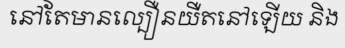
នៅតែមានល្បឿនយឺតនៅឡើយ និង